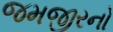
જમજીરનો